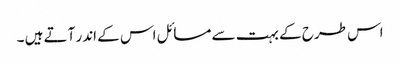
اس طرح کے بہت سے مسائل اس کے اندر آتے ہیں ۔